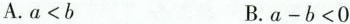
A.$$a<b$$ B.$$a-b<0$$